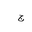
Letter: _gim